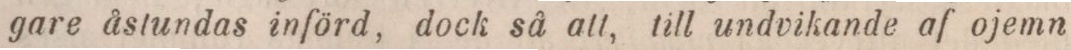
gare åstundas införd, dock så att, till undvikande af ojemn